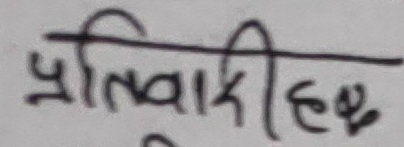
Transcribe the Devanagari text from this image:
प्रतिवादी हरू